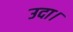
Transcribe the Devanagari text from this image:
उदा।